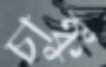
চাঙ্কু